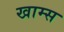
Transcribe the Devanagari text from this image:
खाम्स